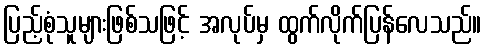
ပြည့်စုံသူများဖြစ်သဖြင့် အလုပ်မှ ထွက်လိုက်ပြန်လေသည်။